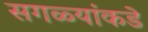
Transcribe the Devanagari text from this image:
सगळ्यांकडे